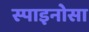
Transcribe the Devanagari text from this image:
स्पाइनोसा